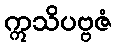
ဣသိပဗ္ဗဇံ